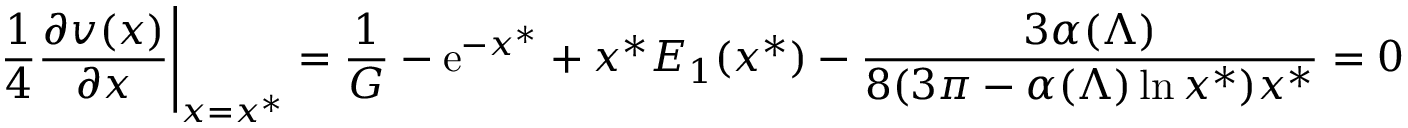
{ \frac { 1 } { 4 } } { \frac { \partial v ( x ) } { \partial x } } \Bigg \vert _ { x = x ^ { * } } = { \frac { 1 } { G } } - { \mathrm { e } } ^ { - x ^ { * } } + x ^ { * } E _ { 1 } ( x ^ { * } ) - { \frac { 3 \alpha ( \Lambda ) } { 8 ( 3 \pi - \alpha ( \Lambda ) \ln x ^ { * } ) x ^ { * } } } = 0